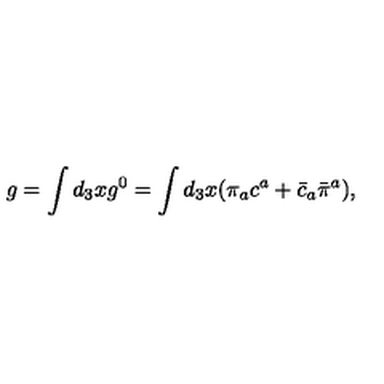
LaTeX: g = \int d _ { 3 } x g ^ { 0 } = \int d _ { 3 } x ( \pi _ { a } c ^ { a } + \bar { c } _ { a } \bar { \pi } ^ { a } ) ,